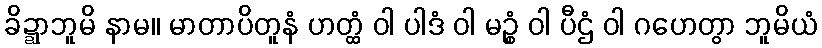
ခိဍ္ဍာဘူမိ နာမ။ မာတာပိတူနံ ဟတ္ထံ ဝါ ပါဒံ ဝါ မဉ္စံ ဝါ ပီဌံ ဝါ ဂဟေတွာ ဘူမိယံ